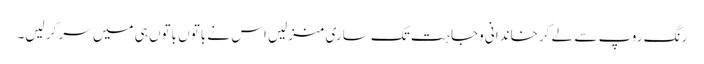
رنگ روپ سے لے کر خاندانی وجاہت تک ساری منزلیں اس نے باتوں باتوں ہی میں سر کر لیں۔